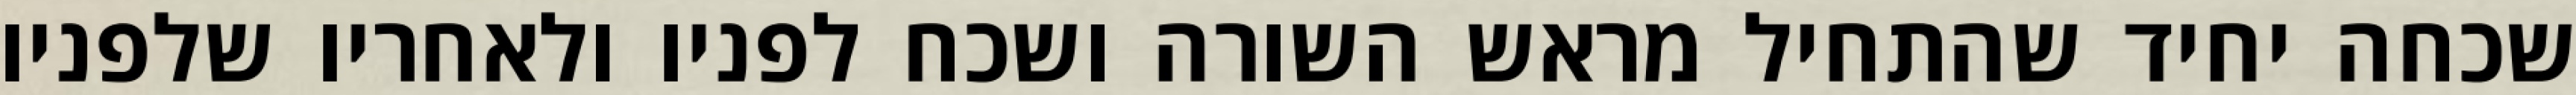
שכחה יחיד שהתחיל מראש השורה ושכח לפניו ולאחריו שלפניו